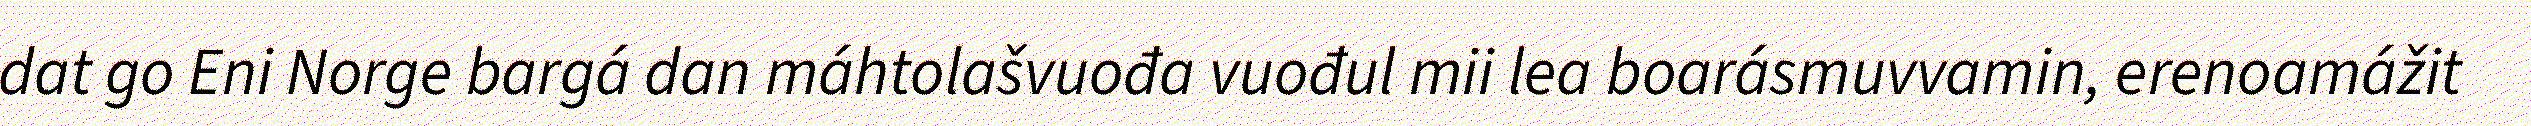
dat go Eni Norge bargá dan máhtolašvuođa vuođul mii lea boarásmuvvamin, erenoamážit